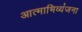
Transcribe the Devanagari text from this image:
आत्‍माभिव्‍यंजना